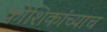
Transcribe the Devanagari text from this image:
कोशिकांच्याच